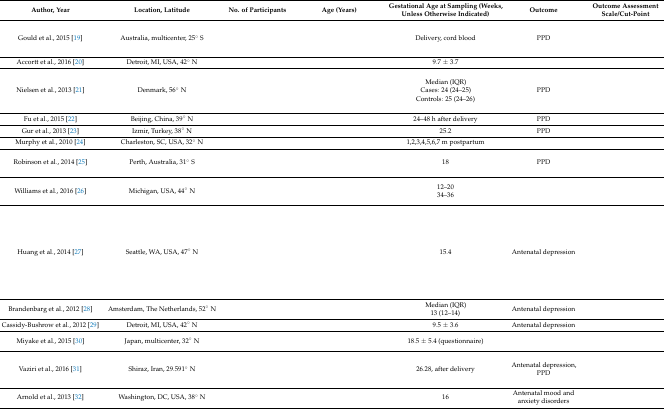
<table><thead><tr><td><b>Author, Year</b></td><td><b>Location, Latitude</b></td><td><b>No. of Participants</b></td><td><b>Age (Years)</b></td><td><b>Gestational Age at Sampling (Weeks, Unless Otherwise Indicated)</b></td><td><b>Outcome</b></td><td><b>Outcome Assessment Scale/Cut-Point</b></td></tr></thead><tbody><tr><td>Gould et al., 2015 [19]</td><td>Australia, multicenter, 25° S</td><td>[EMPTY_CELL]</td><td>[EMPTY_CELL]</td><td>Delivery, cord blood</td><td>PPD</td><td>[EMPTY_CELL]</td></tr><tr><td>Accortt et al., 2016 [20]</td><td>Detroit, MI, USA, 42° N</td><td>[EMPTY_CELL]</td><td>[EMPTY_CELL]</td><td>9.7 ± 3.7</td><td>[EMPTY_CELL]</td><td>[EMPTY_CELL]</td></tr><tr><td>Nielsen et al., 2013 [21]</td><td>Denmark, 56° N</td><td>[EMPTY_CELL]</td><td>[EMPTY_CELL]</td><td>Median (IQR)Cases: 24 (24–25)Controls: 25 (24–26)</td><td>PPD</td><td>[EMPTY_CELL]</td></tr><tr><td>Fu et al., 2015 [22]</td><td>Beijing, China, 39° N</td><td>[EMPTY_CELL]</td><td>[EMPTY_CELL]</td><td>24–48 h after delivery</td><td>PPD</td><td>[EMPTY_CELL]</td></tr><tr><td>Gur et al., 2013 [23]</td><td>Izmir, Turkey, 38° N</td><td>[EMPTY_CELL]</td><td>[EMPTY_CELL]</td><td>25.2</td><td>PPD</td><td>[EMPTY_CELL]</td></tr><tr><td>Murphy et al., 2010 [24]</td><td>Charleston, SC, USA, 32° N</td><td>[EMPTY_CELL]</td><td>[EMPTY_CELL]</td><td>1,2,3,4,5,6,7 m postpartum</td><td>[EMPTY_CELL]</td><td>[EMPTY_CELL]</td></tr><tr><td>Robinson et al., 2014 [25]</td><td>Perth, Australia, 31° S</td><td>[EMPTY_CELL]</td><td>[EMPTY_CELL]</td><td>18</td><td>PPD</td><td>[EMPTY_CELL]</td></tr><tr><td>Williams et al., 2016 [26]</td><td>Michigan, USA, 44° N</td><td>[EMPTY_CELL]</td><td>[EMPTY_CELL]</td><td>12–2034–36</td><td>[EMPTY_CELL]</td><td>[EMPTY_CELL]</td></tr><tr><td>Huang et al., 2014 [27]</td><td>Seattle, WA, USA, 47° N</td><td>[EMPTY_CELL]</td><td>[EMPTY_CELL]</td><td>15.4</td><td>Antenatal depression</td><td>[EMPTY_CELL]</td></tr><tr><td>Brandenbarg et al., 2012 [28]</td><td>Amsterdam, The Netherlands, 52° N</td><td>[EMPTY_CELL]</td><td>[EMPTY_CELL]</td><td>Median (IQR)13 (12–14)</td><td>Antenatal depression</td><td>[EMPTY_CELL]</td></tr><tr><td>Cassidy-Bushrow et al., 2012 [29]</td><td>Detroit, MI, USA, 42° N</td><td>[EMPTY_CELL]</td><td>[EMPTY_CELL]</td><td>9.5 ± 3.6</td><td>Antenatal depression</td><td>[EMPTY_CELL]</td></tr><tr><td>Miyake et al., 2015 [30]</td><td>Japan, multicenter, 32° N</td><td>[EMPTY_CELL]</td><td>[EMPTY_CELL]</td><td>18.5 ± 5.4 (questionnaire)</td><td>[EMPTY_CELL]</td><td>[EMPTY_CELL]</td></tr><tr><td>Vaziri et al., 2016 [31]</td><td>Shiraz, Iran, 29.591° N</td><td>[EMPTY_CELL]</td><td>[EMPTY_CELL]</td><td>26.28, after delivery</td><td>Antenatal depression, PPD</td><td>[EMPTY_CELL]</td></tr><tr><td>Arnold et al., 2013 [32]</td><td>Washington, DC, USA, 38° N</td><td>[EMPTY_CELL]</td><td>[EMPTY_CELL]</td><td>16</td><td>Antenatal mood and anxiety disorders</td><td>[EMPTY_CELL]</td></tr></tbody></table>